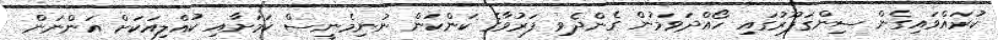
ކުރައްވައިގެން ސިންގަޕޫރުގައި ހޯއްދަވަމުން ގެންދެވި ފަރުވާގެ ކަންކަން ނުނިމެނީސް ކަމަށާއި ކުއްލިއަކަށް އަންނަން